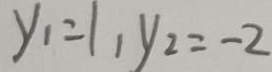
y _ { 1 } = 1 , y _ { 2 } = - 2